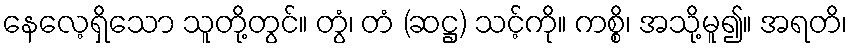
နေလေ့ရှိသော သူတို့တွင်။ တွံ၊ တံ (ဆဋ္ဌ) သင့်ကို။ ကစ္စိ၊ အသို့မူ၍။ အရတိ၊